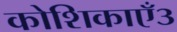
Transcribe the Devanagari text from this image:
कोशिकाएँ३